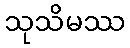
သုသိမဿ